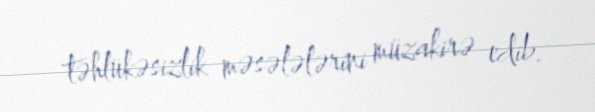
təhlükəsizlik məsələlərini müzakirə edib.